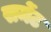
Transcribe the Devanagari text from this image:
समेंट